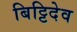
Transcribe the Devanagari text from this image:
बिट्टिदेव